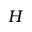
H